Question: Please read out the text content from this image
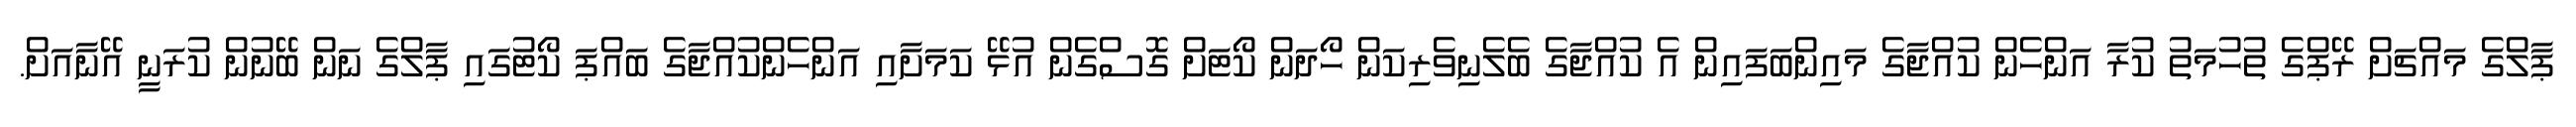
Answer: ޕާލްގެ މައްޗަށް ރޭޕްގެ ތުހުމަތު ކުރާ އަންހެން ކުއްޖާގެ މައިންބަފައިން އެ ކުއްޖާގެ ބެލެނިވެރިކަން ހޯދަން ކޯޓަށް ގޮސްގެން އުޅޭ ކަމަށާއި އަންހެންކުއްޖާގެ ބައްޕަ ކޯޓުގައި ޕާލްގެ ނަން ބޭނުން ކުރަނީ އޭނާއަށް.